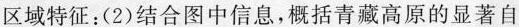
区域特征；(2)结合图中信息，概括青藏高原的显著自